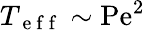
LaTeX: T_{\mathrm{~e~f~f~}}\sim\mathrm{Pe}^{2}